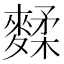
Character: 𪍚